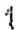
1